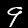
Label: 9